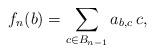
LaTeX: \begin{align*}f_n(b)=\sum_{c\in B_{n-1}}a_{b,c}\, c, \end{align*}